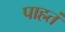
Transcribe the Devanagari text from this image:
पाहतं